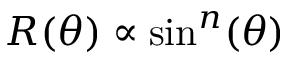
R ( \theta ) \propto \sin ^ { n } ( \theta )